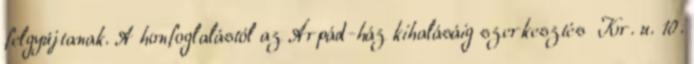
felgyújtanak. A honfoglalástól az Árpád-ház kihalásáig szerkesztés Kr. u. 10.